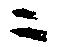
ニ